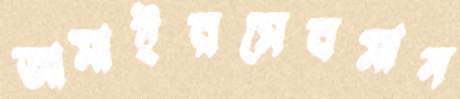
জামাইরসেবমান